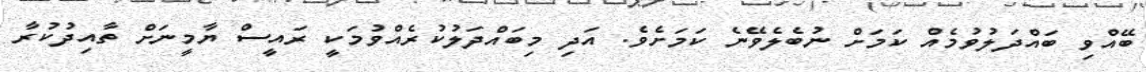
ބޭއްވި ބައްދަލުވުމެއް ކަމަށް ނުބެލެވޭނެ ކަމަށެވެ. އަދި މިބައްދަލުކުރެއްވުމަކީ ރައީސް ޔާމީނަށް ތާއިދުކުރާ